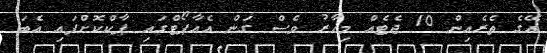
އޭގެ ތެރެއިން 10 ޖެޓެއް މިހާރު ވެސް ގަން އެއާޕޯޓްގައި ޕާކްކޮށްފައި އެބަ